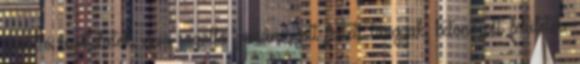
saválló burkolatok, nem saválló zománcozott festett tárgyak, betonozott felületek,